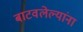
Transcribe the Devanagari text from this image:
बाटवलेल्यांना